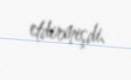
etdirmişdi.